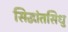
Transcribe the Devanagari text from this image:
सिद्धांतसिधु